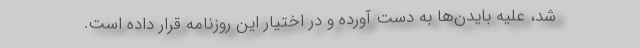
شد، علیه بایدن‌ها به دست آورده و در اختیار این روزنامه قرار داده است.